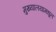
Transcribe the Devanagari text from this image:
मुख्यालयामधून